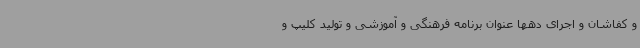
و کفاشان و اجرای دهها عنوان برنامه فرهنگی و آموزشی و تولید کلیپ و